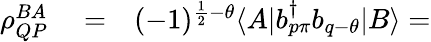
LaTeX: \begin{array}{rlr}{\rho_{QP}^{BA}}&{{}=}&{(-1)^{\frac{1}{2}-\theta}\langle A|b_{p\pi}^{\dagger}b_{q-\theta}|B\rangle=}\end{array}